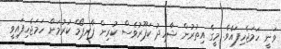
ވަނީ ހަމަޖެހިފައެވެ. މީގެ އިތުރުން ޝާހިދު ކަޕޫރުވެސް ކުރިން ޕާރޕޯމް ކުރުމަށް ހަމަޖެހިފައިވީ